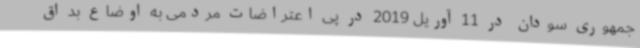
جمهوری سودان در 11 آوریل 2019 در پی اعتراضات مردمی به اوضاع بد اق